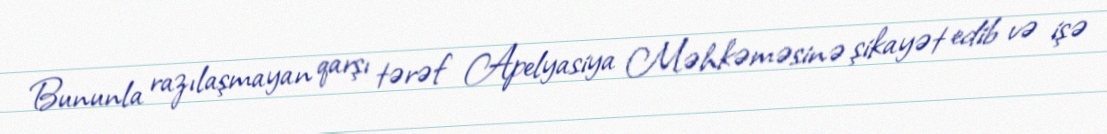
Bununla razılaşmayan qarşı tərəf Apelyasiya Məhkəməsinə şikayət edib və işə